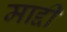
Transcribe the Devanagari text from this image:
माद्दी